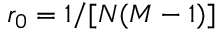
r _ { 0 } = 1 / [ N ( M - 1 ) ]